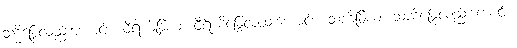
သဒ္ဓိန္ဒြေလည်းကောင်း။ ဝီရိယိန္ဒြိယံ၊ ဝီရိယိန္ဒြေလည်းကောင်း။ သတိန္ဒြိယံ၊ သတိန္ဒြေလည်းကောင်း။